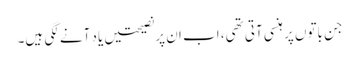
جن باتوں پر ہنسی آتی تھی، اب ان پرنصیحتیں یاد آنے لگی ہیں۔